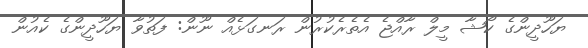
ޔަހޫދީންގެ ކޯޝާ މީލް ރާއްޖެ އެތެރެކުރުން ރަނގަޅެއް ނޫން: ފަތުވާ ޔަހޫދީންގެ ކެއުން